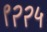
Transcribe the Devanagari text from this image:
९२२५